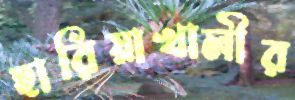
হারিয়াখালীর